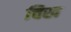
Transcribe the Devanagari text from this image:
चिख